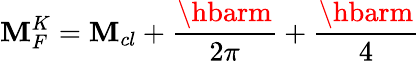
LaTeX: \mathbf{M}_{F}^{K}=\mathbf{M}_{cl}+\frac{{\hbarm}}{{2\pi}}+\frac{{\hbarm}}{{4}}